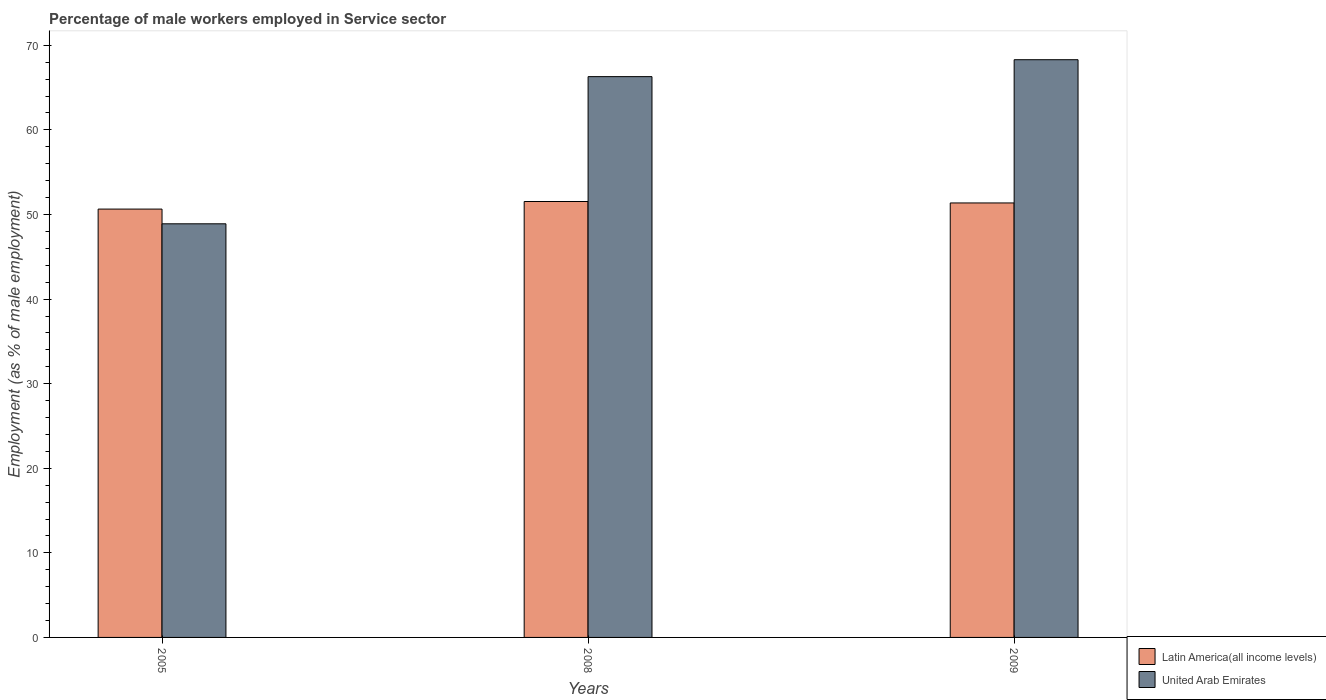
| Years | Latin America(all income levels) | United Arab Emirates |
 | --- | --- | --- |
 | 2005 | 50.6 | 48.9 |
 | 2008 | 51.5 | 66.3 |
 | 2009 | 51.4 | 68.3 |